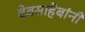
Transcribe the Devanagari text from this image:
देवसाहेबांनी